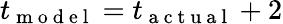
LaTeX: t_{\mathrm{~m~o~d~e~l~}}=t_{\mathrm{~a~c~t~u~a~l~}}+2